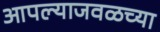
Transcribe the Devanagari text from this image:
आपल्याजवळच्या